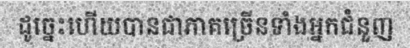
ដូច្នេះហើយបានជាភាគច្រើនទាំងអ្នកជំនួញ